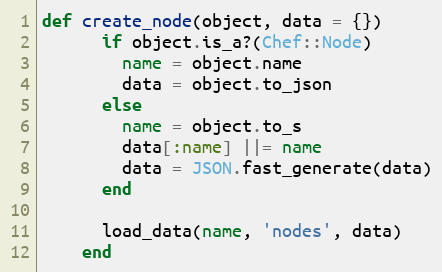
Language: Ruby
def create_node(object, data = {})
      if object.is_a?(Chef::Node)
        name = object.name
        data = object.to_json
      else
        name = object.to_s
        data[:name] ||= name
        data = JSON.fast_generate(data)
      end

      load_data(name, 'nodes', data)
    end